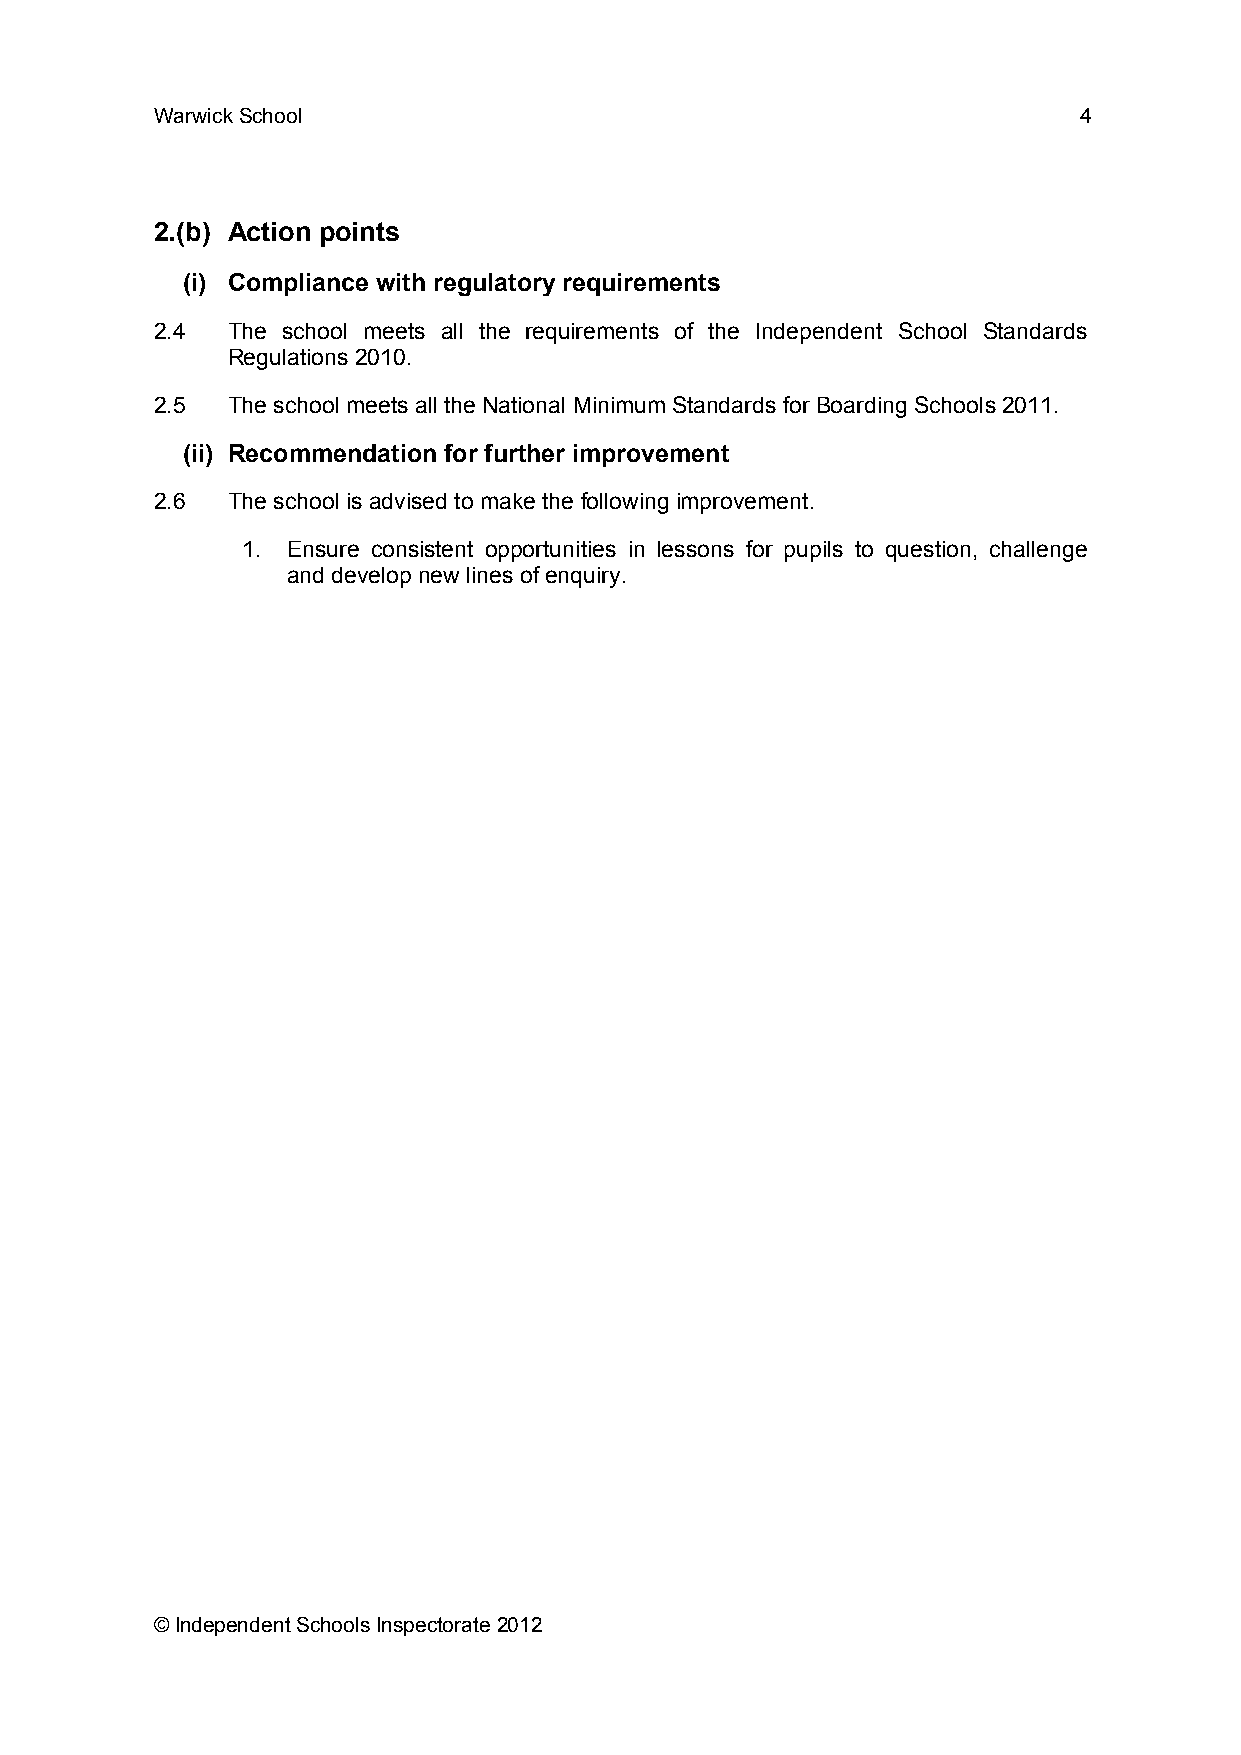
Warwick School                                               4
 2.(b) Action points
 (i) Compliance with regulatory requirements
 2.4  The school meets all the requirements of the Independent School Standards
 Regulations 2010.
 2.5  The school meets all the National Minimum Standards for Boarding Schools 2011.
 (ii) Recommendation for further improvement
 2.6  The school is advised to make the following improvement.
 1. Ensure consistent opportunities in lessons for pupils to question, challenge
 and develop new lines of enquiry.
 © Independent Schools Inspectorate 2012